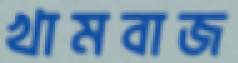
খামবাজ